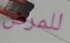
للمرض